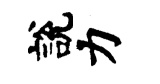
說力